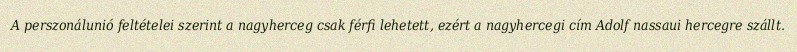
A perszonálunió feltételei szerint a nagyherceg csak férfi lehetett, ezért a nagyhercegi cím Adolf nassaui hercegre szállt.